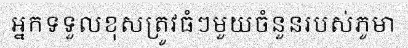
អ្នកទទួលខុសត្រូវធំៗមួយចំនួនរបស់ភូមា